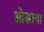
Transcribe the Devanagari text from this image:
ओसाना